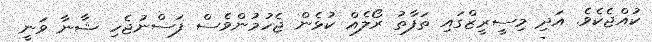
ކުއްޖެކެވެ. އަދި މިސީރީޒްގައި ތަފާތު ރޯލެއް ކުޅެން ޖެހުމުންވެސް ފަސްނުޖެހި ޝާނާ ވަނީ